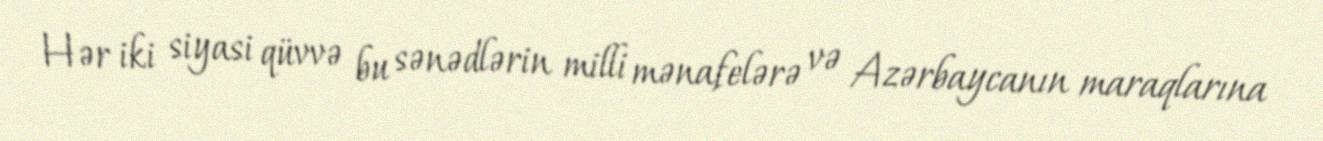
Hər iki siyasi qüvvə bu sənədlərin milli mənafelərə və Azərbaycanın maraqlarına